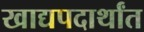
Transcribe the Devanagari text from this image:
खाद्यपदार्थांत